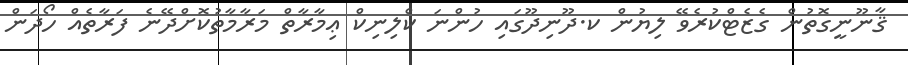
ޤާނޫނީގޮތުން ގެޒެޓްކުރެވޭ ލިޔުން ކ.ދޫނިދޫގައި ހުންނަ ކްލިނިކް ޢިމާރާތް މަރާމާތުކޮށްދޭނެ ފަރާތެއް ހޯދަން